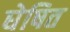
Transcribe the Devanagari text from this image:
घेषित